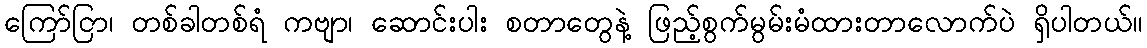
ကြော်ငြာ၊ တစ်ခါတစ်ရံ ကဗျာ၊ ဆောင်းပါး စတာတွေနဲ့ ဖြည့်စွက်မွမ်းမံထားတာလောက်ပဲ ရှိပါတယ်။